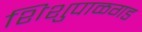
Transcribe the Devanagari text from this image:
शिशुपाळगड